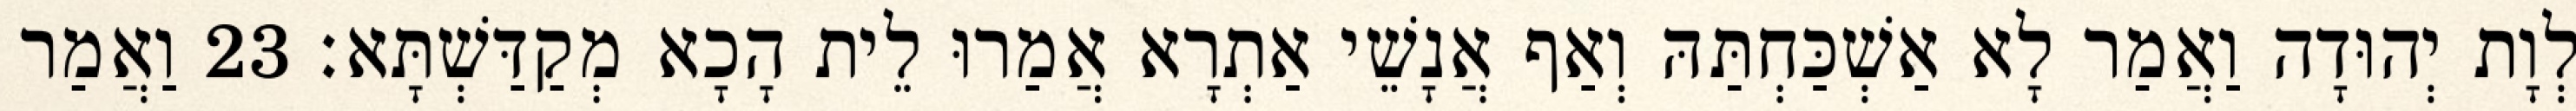
לְוָת יְהוּדָה וַאֲמַר לָא אַשְׁכַּחְתַּהּ וְאַף אֲנָשֵׁי אַתְרָא אֲמַרוּ לֵית הָכָא מְקַדַּשְׁתָּא׃ 23 וַאֲמַר